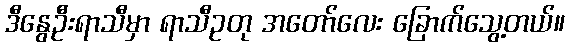
ဒီနွေဦးရာသီမှာ ရာသီဥတု အတော်လေး ခြောက်သွေ့တယ်။